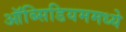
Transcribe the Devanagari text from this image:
ऑब्सिडियममध्ये